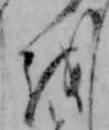
を